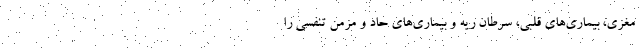
مغزی، بیماری‌های قلبی، سرطان ریه و بیماری‌های حاد و مزمن تنفسی را